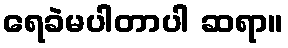
ရေခဲမပါတာပါ ဆရာ။